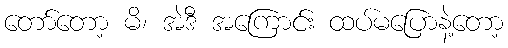
တော်တော့ မိ၊ အဲဒီ အကြောင်း ထပ်မပြောနဲ့တော့